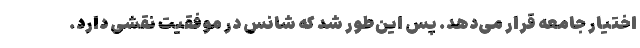
اختیار جامعه قرار می‌دهد. پس این‌طور شد که شانس در موفقیت نقشی دارد.